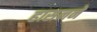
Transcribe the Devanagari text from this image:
हासनने